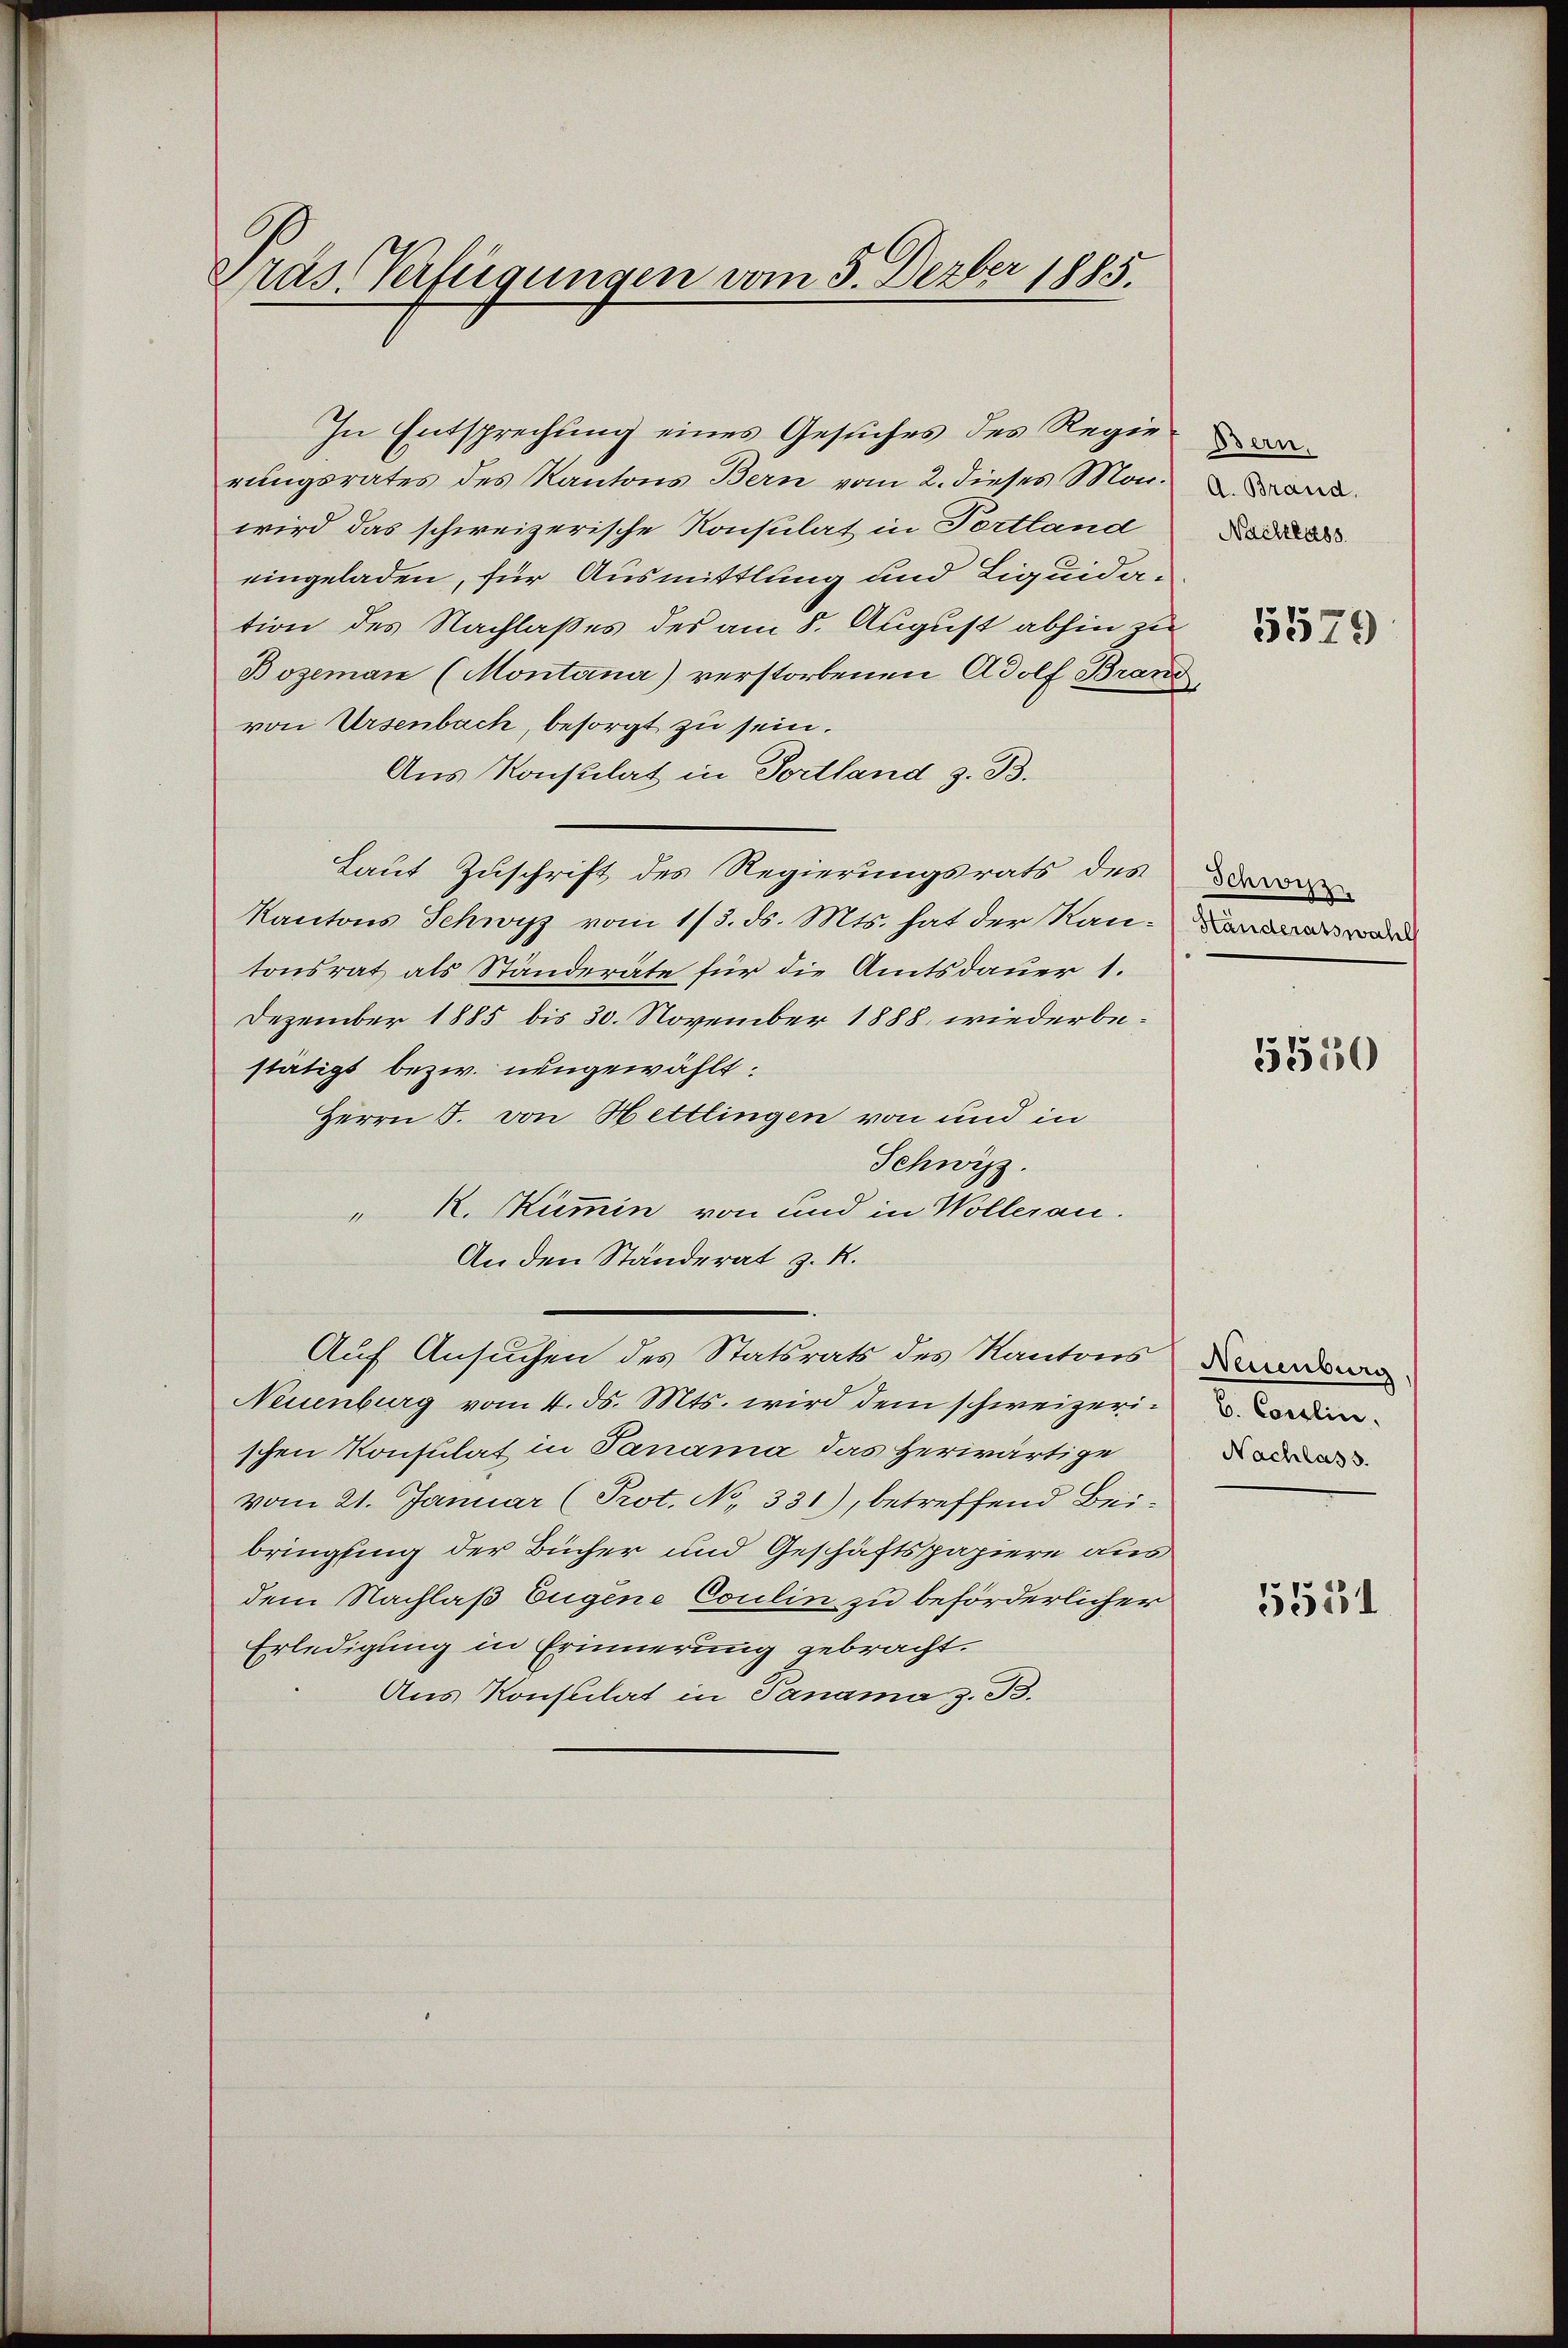
räs. Verfügungen vom 5. Dezber 1885.

Aus Konsulat in Todland z. B.
Laut Zuschrift des Regierungsrats des
Kantons Schwyz vom 1/3. ds. Mts. hat der Kantonsrat als Ständeräte für die Amtsdauer 1.
Dezember 1885 bis 30. November 1888 wiederbestätigt bezw. nungewählt:
Herrn J. von Hettlingen von und in
Schwyz.
" K. Kümmin von und in Wolleran.
An den Ständerat z. K.
Auf Ansuchen des Statsrats des Kantons de
Neuenburg vom 4. ds. Mts. wird dem schweizerischen Konsulat in Danama das Herwärtige
vom 21. Januar (Prot. No 331), betreffend Bei-
bringling der Bücher und Geschäftspapiere aus
dem Nachlaß Eugene Coulin zu beförderlicher
Erledigung in Erinnerung gebracht.
Aus Konstilat in Panama z. B.

In Entsprechung eines Gesuches des Regierungsrates des Kantons Bern vom 2. dieses Morwird das schweizerische Konsulat in Portland
eingeladen, für Ausmittlung und Liquidation des Nachlaßes des am 8. August abhin zu
Boseman (Montana) verstorbenen Adolf Brand,
von Ursenbach, besorgt zu sein.

Bern.
A. Brand.
Nachlass

5579

Schwyz
Händeratswahl

5550

Nachlass.

5554